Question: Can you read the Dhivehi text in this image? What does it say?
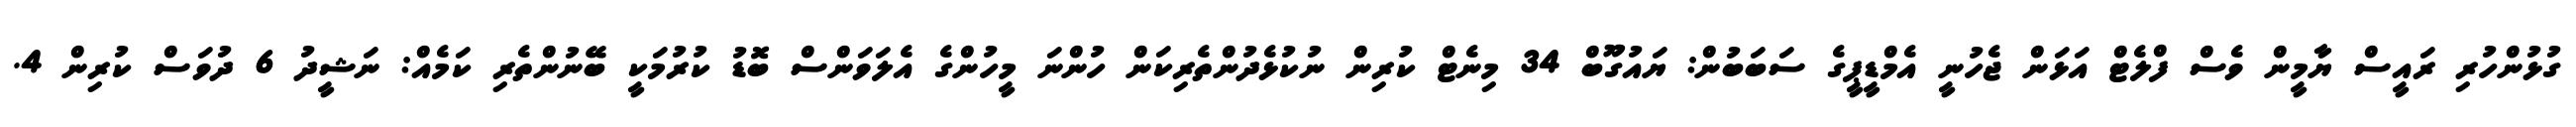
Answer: ގުޅުންހުރި ރައީސް ޔާމީން ވެސް ފްލެޓް އަޅަން ޖެހުނީ އެމްޑީޕީގެ ސަބަބުން: ޔައުގޫބް 34 މިނެޓް ކުރިން ނުކުޅެދުންތެރިކަން ހުންނަ މީހުންގެ އެލަވަންސް ބޮޑު ކުރުމަކީ ބޭނުންތެރި ކަމެއް: ނަޝީދު 6 ދުވަސް ކުރިން 4.